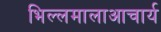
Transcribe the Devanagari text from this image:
भिल्लमालाआचार्य